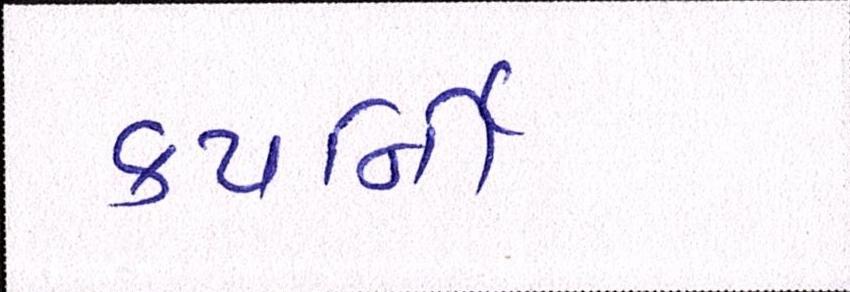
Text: કયર્નિી